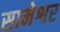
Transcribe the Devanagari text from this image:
सामेश्वर